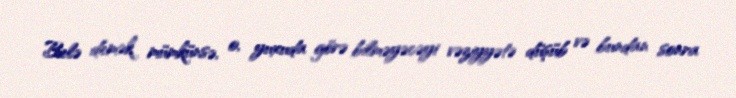
Belə demək mümkünsə, o, yuxuda görə bilməyəcəyi vəziyyətə düşüb və bundan sonra